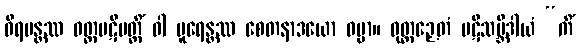
ဝိရမန္တဿ ဝတ္တပဋိပတ္တိံ ဝါ ပူရေန္တဿ စေတနာဒယော ဓမ္မာ။ ဝုတ္တဉှေတံ ပဋိသမ္ဘိဒါယံ “ကိံ